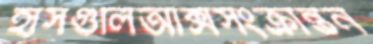
হাঁসগুলিআক্সসংক্রান্তন